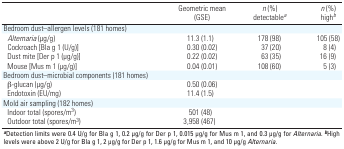
|  | Geometric mean (GSE) | n (%) detectablea | n (%) highb |
 | --- | --- | --- | --- |
 | Bedroom dust–allergen levels (181 homes) |
 | Alternaria (μg/g) | 11.3 (1.1) | 178 (98) | 105 (58) |
 | Cockroach [Bla g 1 (U/g)] | 0.30 (0.02) | 37 (20) | 8 (4) |
 | Dust mite [Der p 1 (μg/g)] | 0.22 (0.02) | 63 (35) | 16 (9) |
 | Mouse [Mus m 1 (μg/g)] | 0.04 (0.01) | 108 (60) | 5 (3) |
 | Bedroom dust–microbial components (181 homes) |
 | β-glucan (μg/g) | 0.50 (0.06) |
 | Endotoxin (EU/mg) | 11.4 (1.5) |
 | <COLSPAN=7> Mold air sampling (182 homes) |
 | Indoor total (spores/m3) | 501 (48) |
 | Outdoor total (spores/m3) | 3,958 (467) |
 | <COLSPAN=7> aDetection limits were 0.4 U/g for Bla g 1, 0.2 μg/g for Derp 1, 0.015 μg/g for Mus m 1, and 0.3 μg/g for Alternaria. bHigh levelswere above 2 U/g for Bla g 1, 2 μg/g for Der p 1, 1.6 μg/g for Mus m 1,and 10 μg/g Alternaria. |